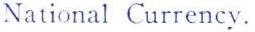
National Currency.